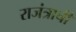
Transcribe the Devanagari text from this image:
राजंत्राची